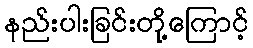
နည်းပါးခြင်းတို့ကြောင့်